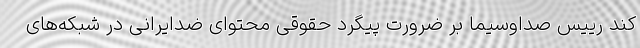
کند رییس صداوسیما بر ضرورت پیگرد حقوقی محتوای ضدایرانی در شبکه‌های